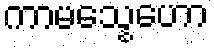
ကာမသ္နေဟော